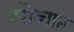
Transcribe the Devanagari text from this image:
नरोव्चात